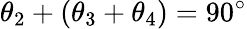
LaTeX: \theta_{2}+(\theta_{3}+\theta_{4})=90^{\circ}